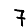
Digit: 7